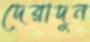
দেরাদুন